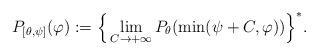
LaTeX: \begin{align*}P_{[\theta,\psi]}(\varphi):= \Big\{ \lim_{C\to +\infty} P_{\theta}(\min(\psi+C,\varphi))\Big\}^*.\end{align*}